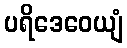
ပရိဒေဝေယျံ